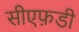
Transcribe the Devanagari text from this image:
सीएफ़डी